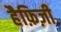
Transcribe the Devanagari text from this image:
हैफ़िज़ी